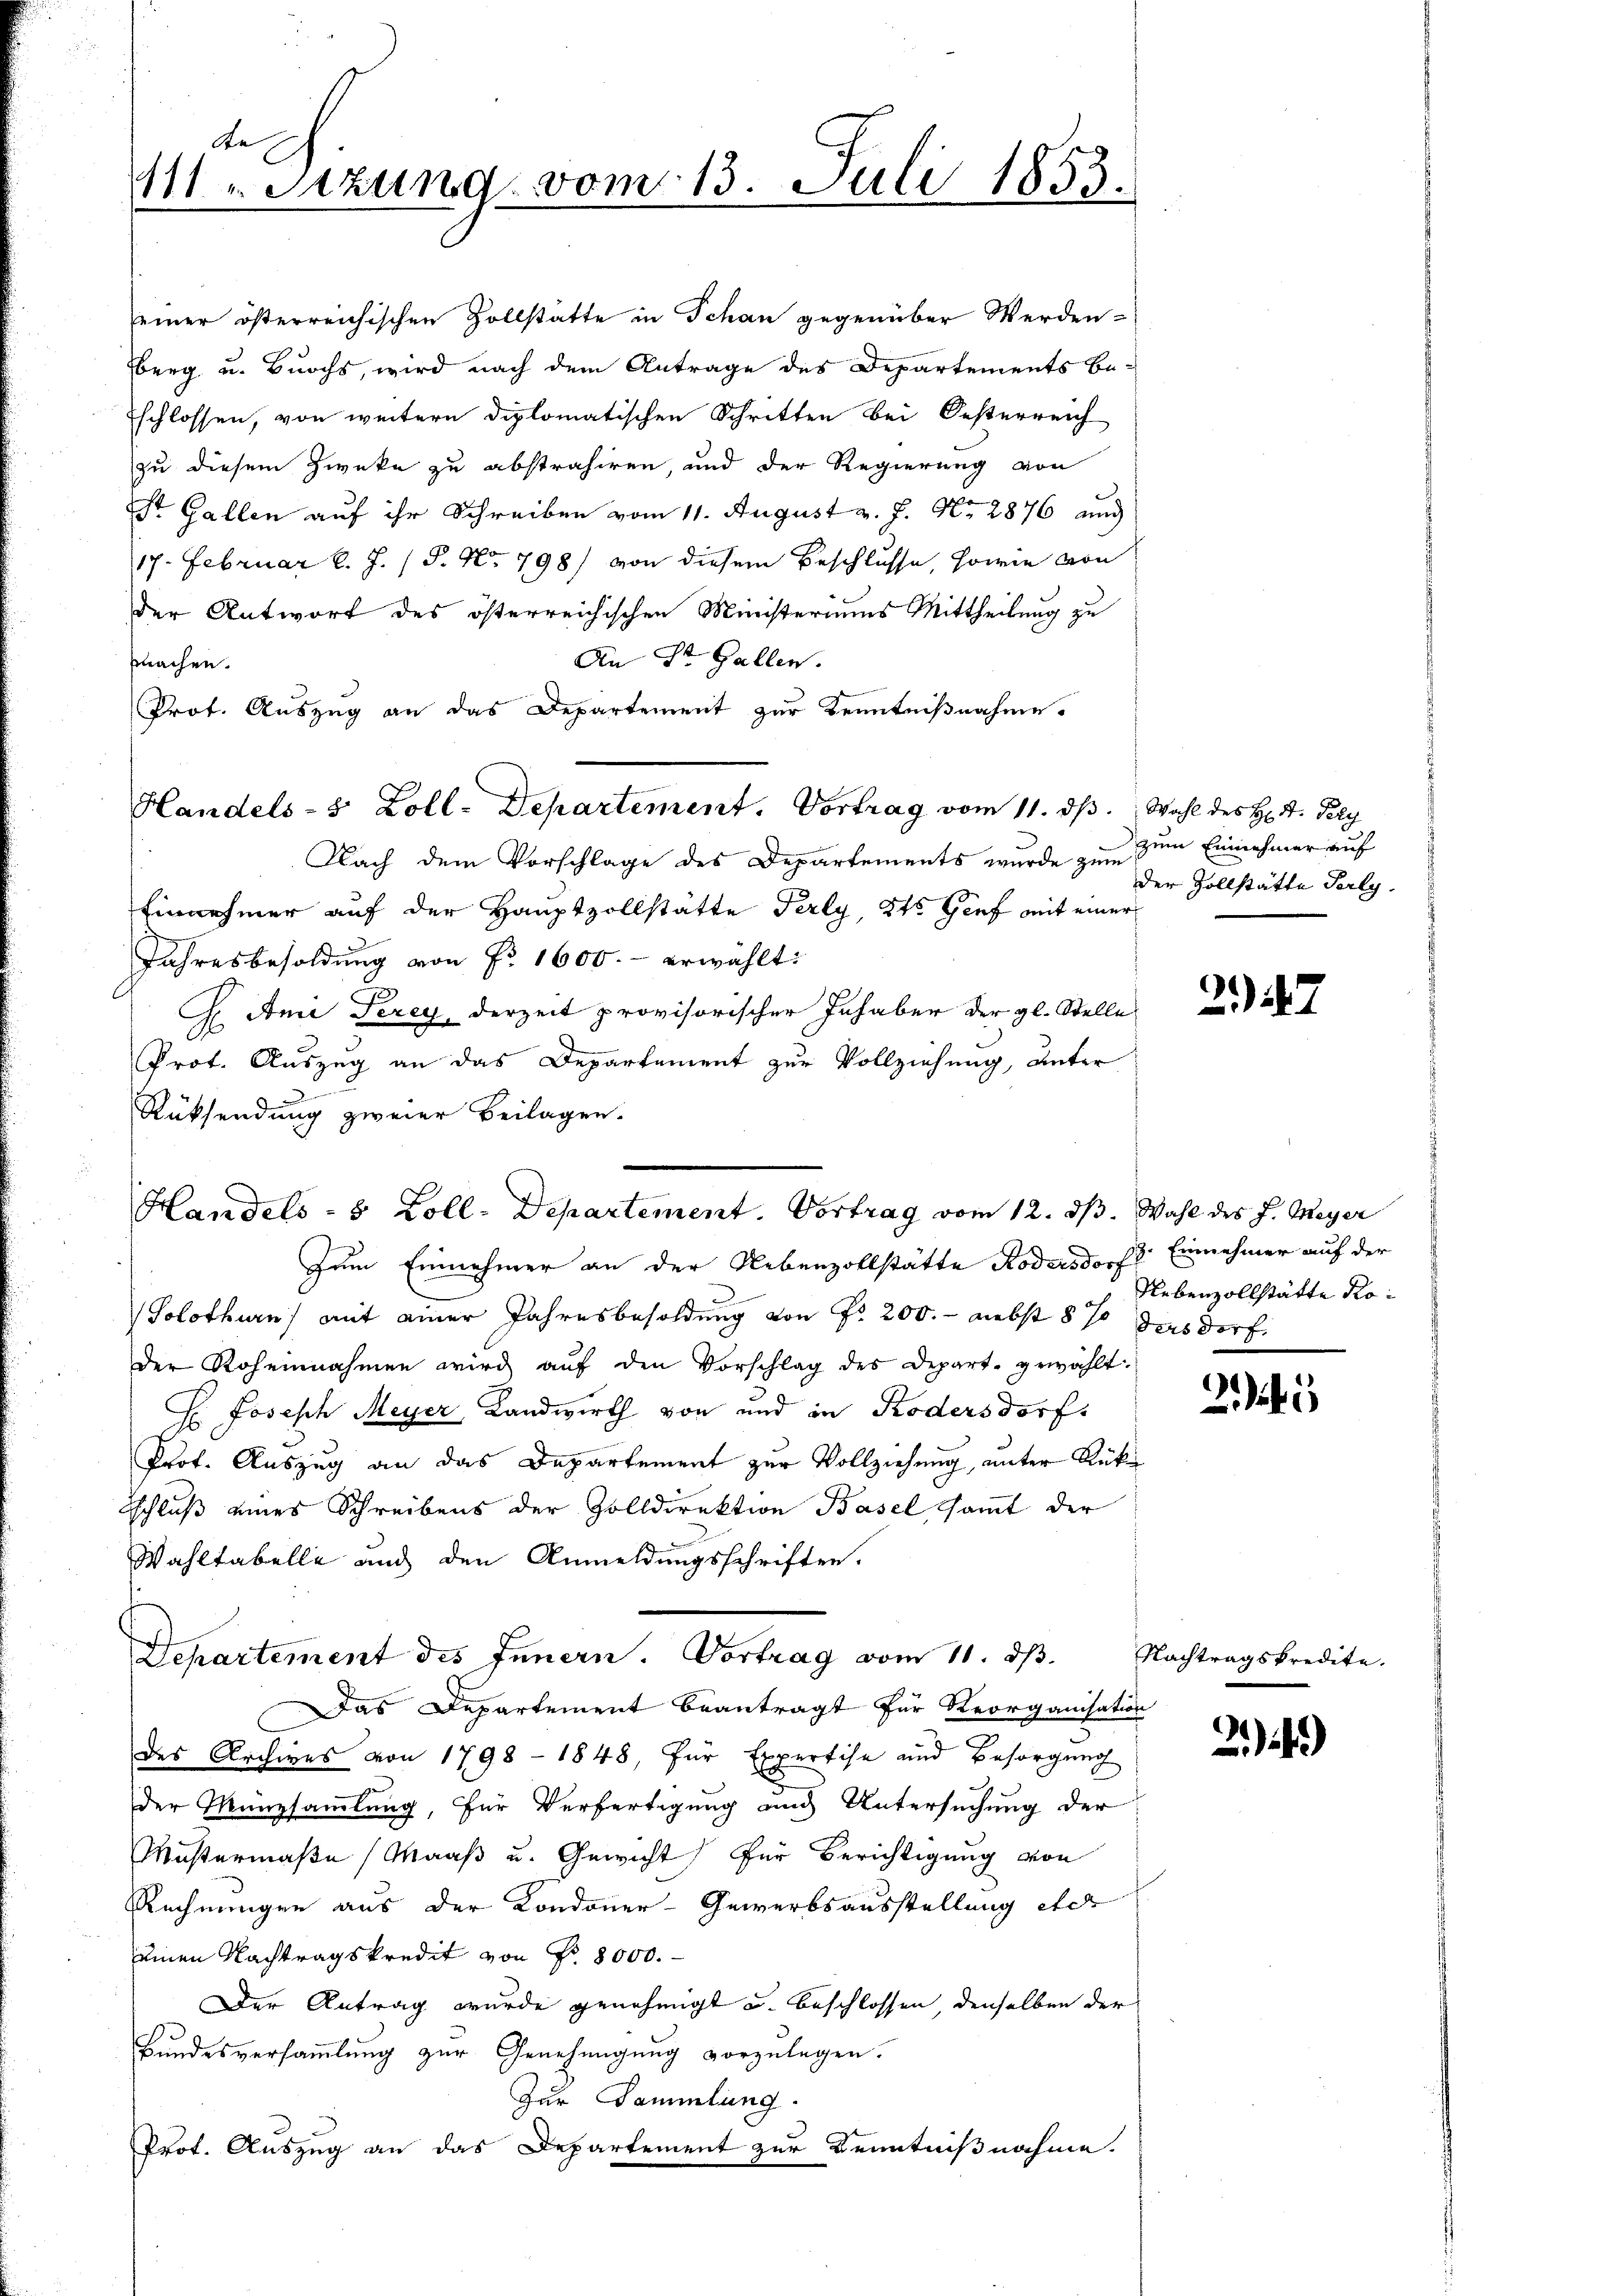
Ste
111. Sitzung vom 13. Juli 1853.

einer österreichischen Zollstatte in Schan gegenüber Werden-
berg u. Buochs, wird nach dem Antrage des Departements Be-
schlossen, von weitern diplomatischen Schritten bei Oesterreich
zu diesem Zwecke zu abstrahiren, und der Regierung von
St. Gallen auf ihr Schreiben vom 11. August v. J. No. 2876 auch
17. Februar l. J. (T. No 798) von diesem Beschlusse, sowie von
der Antwort des österreichischen Ministeriums Mittheilung zu
An St. Gallen.
prachen.
Prof. Auszug an das Departement zur Kenntnißnahme.
Nach dem Vorschlage des Departements wurde zum zum Einnehmer auf
Einnehmer auf der Hauptzollstätte Perly, St. Genf mit einer
Jahresbesoldung von Nr. 1600. erwählt:
H. Ami Terey, derzeit provisorischer Inhaber der gl. Stelle
Prot. Auszug an das Departement zur Vollziehung, unter
Rücksendung zweier Beilagen.
Zum Einnehmer an der Nebenzollstätte Rodersdorf Einnehmer auf der
Solothurn) mit einer Jahresbesoldung von Fr. 200. - nebst 8 % dersdorf.
der Roheinnahmen wird aŭf den Vorschlag des Depart. gewählt:
H. Joseph Meyer, Landwirth von und in Kodersdorf,
Prof. Auszug an das Departement zur Vollziehung, unter Rücke
schluß eines Schreibens der Zolldirektion Basel sammt der
Wahltabelle auf den Anmeldungsschriften.
Departement des Innern. Vortrag vom 11. d.
Das Departement beantragt für Reorganisation
des Archives von 1798 - 1848, für Expertise und Besorgung
der Münzsammlung, für Verfertigung und Untersuchung der
Mustermaße (Maaß u. Gewicht für Berichtigung von
Rechnungen aus der Kondoner-Gewerbsausstellung etc
einen Nachtragskredit von Fr. 8000.
Der Antrag wurde genehmigt u. beschlossen, denselben der
Bŭndesversaṁlŭng zŭr Genehmigŭng vorzŭlegen.
Zur Sammlung.
Prot. Auszug an das Departement zur Kenntnißnahme.

Handels- 8 Zoll-Departement. Vortrag vom 12. ds. Wahl des J. Meyer

Handels- & Zoll-Departement. Vortrag vom 11. ds. Wahl des H. V. Pely

der Zollstätte Perly.

2)

Nebenzollstätte Ko¬

21

Nachtragskredite.

24.)